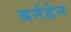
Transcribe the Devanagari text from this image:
बर्नडेन